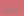
بخرق